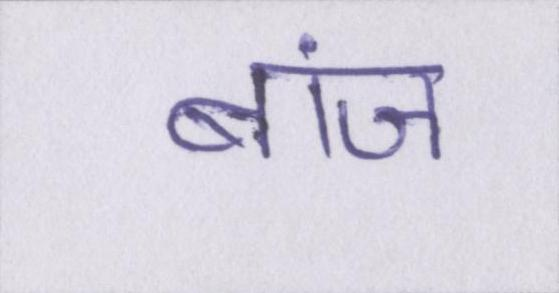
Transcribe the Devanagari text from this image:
बांज